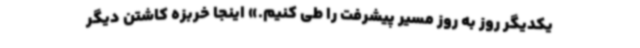
یکدیگر روز به روز مسیر پیشرفت را طی کنیم.» اینجا خربزه کاشتن دیگر